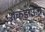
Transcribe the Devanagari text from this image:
शेकडाऊन